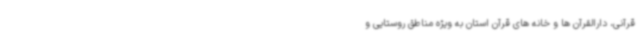
قرآنی، دارالقرآن ها و خانه های قرآن استان به ویژه مناطق روستایی و